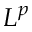
L ^ { p }